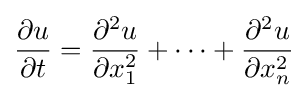
{\frac {\partial u}{\partial t}}={\frac {\partial ^{2}u}{\partial x_{1}^{2}}}+\cdots +{\frac {\partial ^{2}u}{\partial x_{n}^{2}}}